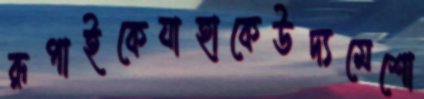
রূপাইকেযাহাকেউদ্যমেশো